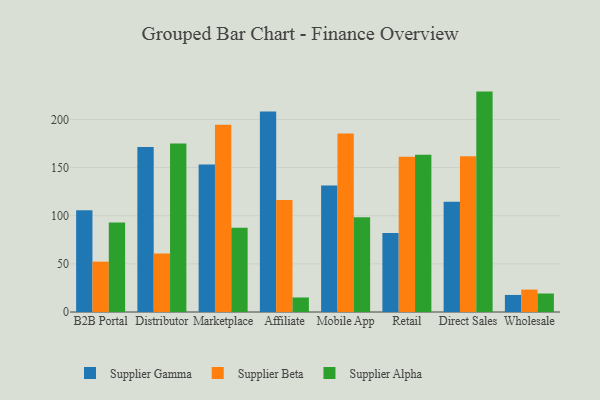
{"axis": {"x": "Channel", "y": "Headcount"}, "legend": ["Supplier Alpha", "Supplier Beta", "Supplier Gamma"], "data": [{"x": "B2B Portal", "y": 105.8, "type": "Supplier Gamma"}, {"x": "B2B Portal", "y": 52.3, "type": "Supplier Beta"}, {"x": "B2B Portal", "y": 93.0, "type": "Supplier Alpha"}, {"x": "Distributor", "y": 171.4, "type": "Supplier Gamma"}, {"x": "Distributor", "y": 60.7, "type": "Supplier Beta"}, {"x": "Distributor", "y": 175.0, "type": "Supplier Alpha"}, {"x": "Marketplace", "y": 153.2, "type": "Supplier Gamma"}, {"x": "Marketplace", "y": 194.6, "type": "Supplier Beta"}, {"x": "Marketplace", "y": 87.4, "type": "Supplier Alpha"}, {"x": "Affiliate", "y": 208.3, "type": "Supplier Gamma"}, {"x": "Affiliate", "y": 116.3, "type": "Supplier Beta"}, {"x": "Affiliate", "y": 15.1, "type": "Supplier Alpha"}, {"x": "Mobile App", "y": 131.5, "type": "Supplier Gamma"}, {"x": "Mobile App", "y": 185.4, "type": "Supplier Beta"}, {"x": "Mobile App", "y": 98.3, "type": "Supplier Alpha"}, {"x": "Retail", "y": 82.0, "type": "Supplier Gamma"}, {"x": "Retail", "y": 161.2, "type": "Supplier Beta"}, {"x": "Retail", "y": 163.3, "type": "Supplier Alpha"}, {"x": "Direct Sales", "y": 114.5, "type": "Supplier Gamma"}, {"x": "Direct Sales", "y": 161.8, "type": "Supplier Beta"}, {"x": "Direct Sales", "y": 228.9, "type": "Supplier Alpha"}, {"x": "Wholesale", "y": 17.7, "type": "Supplier Gamma"}, {"x": "Wholesale", "y": 23.3, "type": "Supplier Beta"}, {"x": "Wholesale", "y": 19.2, "type": "Supplier Alpha"}]}